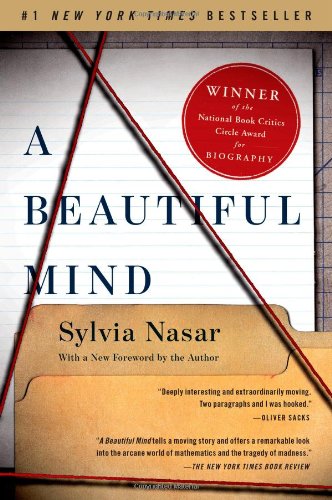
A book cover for A Beautiful Mind; Sylvia Nasar; Health, Fitness & Dieting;